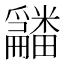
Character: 𤳿